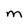
Character: m